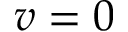
v = 0